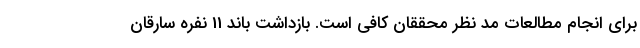
برای انجام مطالعات مد نظر محققان کافی است. بازداشت باند 11 نفره سارقان